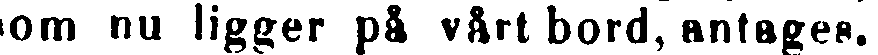
som nu ligger på vårt bord, antages.